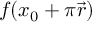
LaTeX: f ( x _ { 0 } + \pi { \vec { r } } )